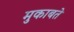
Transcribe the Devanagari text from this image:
मुकाबते